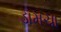
ડામચા